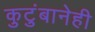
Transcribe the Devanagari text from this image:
कुटुंबानेही